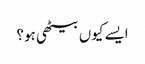
ایسے کیوں بیٹھی ہو؟